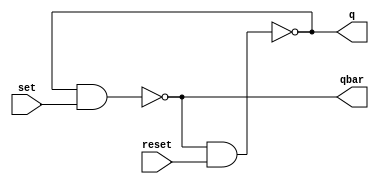
// ---------------------
// Guia 1002 - Implementar um latch SR com portas NAND, 
//     PRESET e CLEAR.
//
//
// Nome: Luiz Felipe Fonseca
// ---------------------


// --------------------- 
// modules
// ---------------------
module SRlatch (q, qbar, set, reset);
output q, qbar;
input set, reset;
nand #1 (q, qbar, reset);
nand #1 (qbar, q, set);
endmodule
// --------------------- 
// Exercicio1002
// ---------------------

module Exercicio1002;
wire q, qbar;
reg set,reset;

SRlatch latch1 (q, qbar, set, reset);
initial begin
$display ("Luiz Felipe Fonseca - 405817");
$monitor (" q= %b, qbar= %b, set= %b, reset= %b",q, qbar, set, reset);
set = 0; reset = 0;
#1 set = 1; reset = 1; 
#1 set = 0; 
#1 set = 1; reset = 0;
end
endmodule